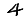
Digit: 4